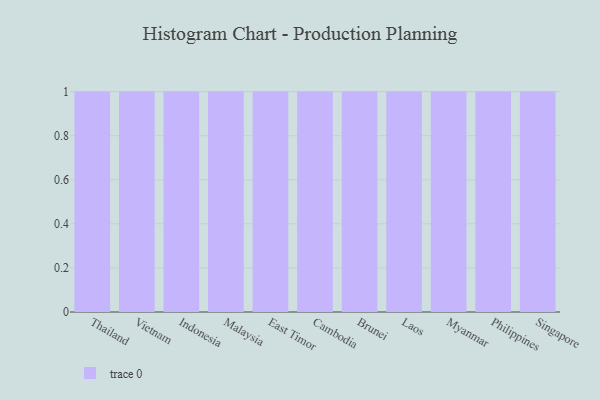
{"axis": {"x": "Country", "y": "Revenue (USD Million)"}, "legend": [""], "data": [{"x": "Thailand", "y": 57, "type": ""}, {"x": "Vietnam", "y": 31, "type": ""}, {"x": "Indonesia", "y": 53, "type": ""}, {"x": "Malaysia", "y": 69, "type": ""}, {"x": "East Timor", "y": 6, "type": ""}, {"x": "Cambodia", "y": 4, "type": ""}, {"x": "Brunei", "y": 34, "type": ""}, {"x": "Laos", "y": 92, "type": ""}, {"x": "Myanmar", "y": 87, "type": ""}, {"x": "Philippines", "y": 57, "type": ""}, {"x": "Singapore", "y": 90, "type": ""}]}